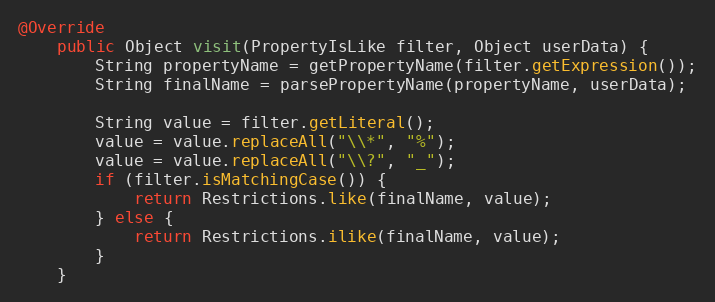
Language: Java
@Override
	public Object visit(PropertyIsLike filter, Object userData) {
		String propertyName = getPropertyName(filter.getExpression());
		String finalName = parsePropertyName(propertyName, userData);

		String value = filter.getLiteral();
		value = value.replaceAll("\\*", "%");
		value = value.replaceAll("\\?", "_");
		if (filter.isMatchingCase()) {
			return Restrictions.like(finalName, value);
		} else {
			return Restrictions.ilike(finalName, value);
		}
	}